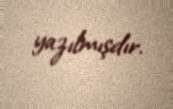
yazılmışdır.